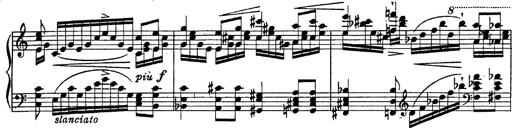
Title: Fantasie Ã¼ber Themen aus Mozarts Figaro und Don Giovanni
Composer: Franz Liszt